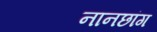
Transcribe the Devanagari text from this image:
नानछांग